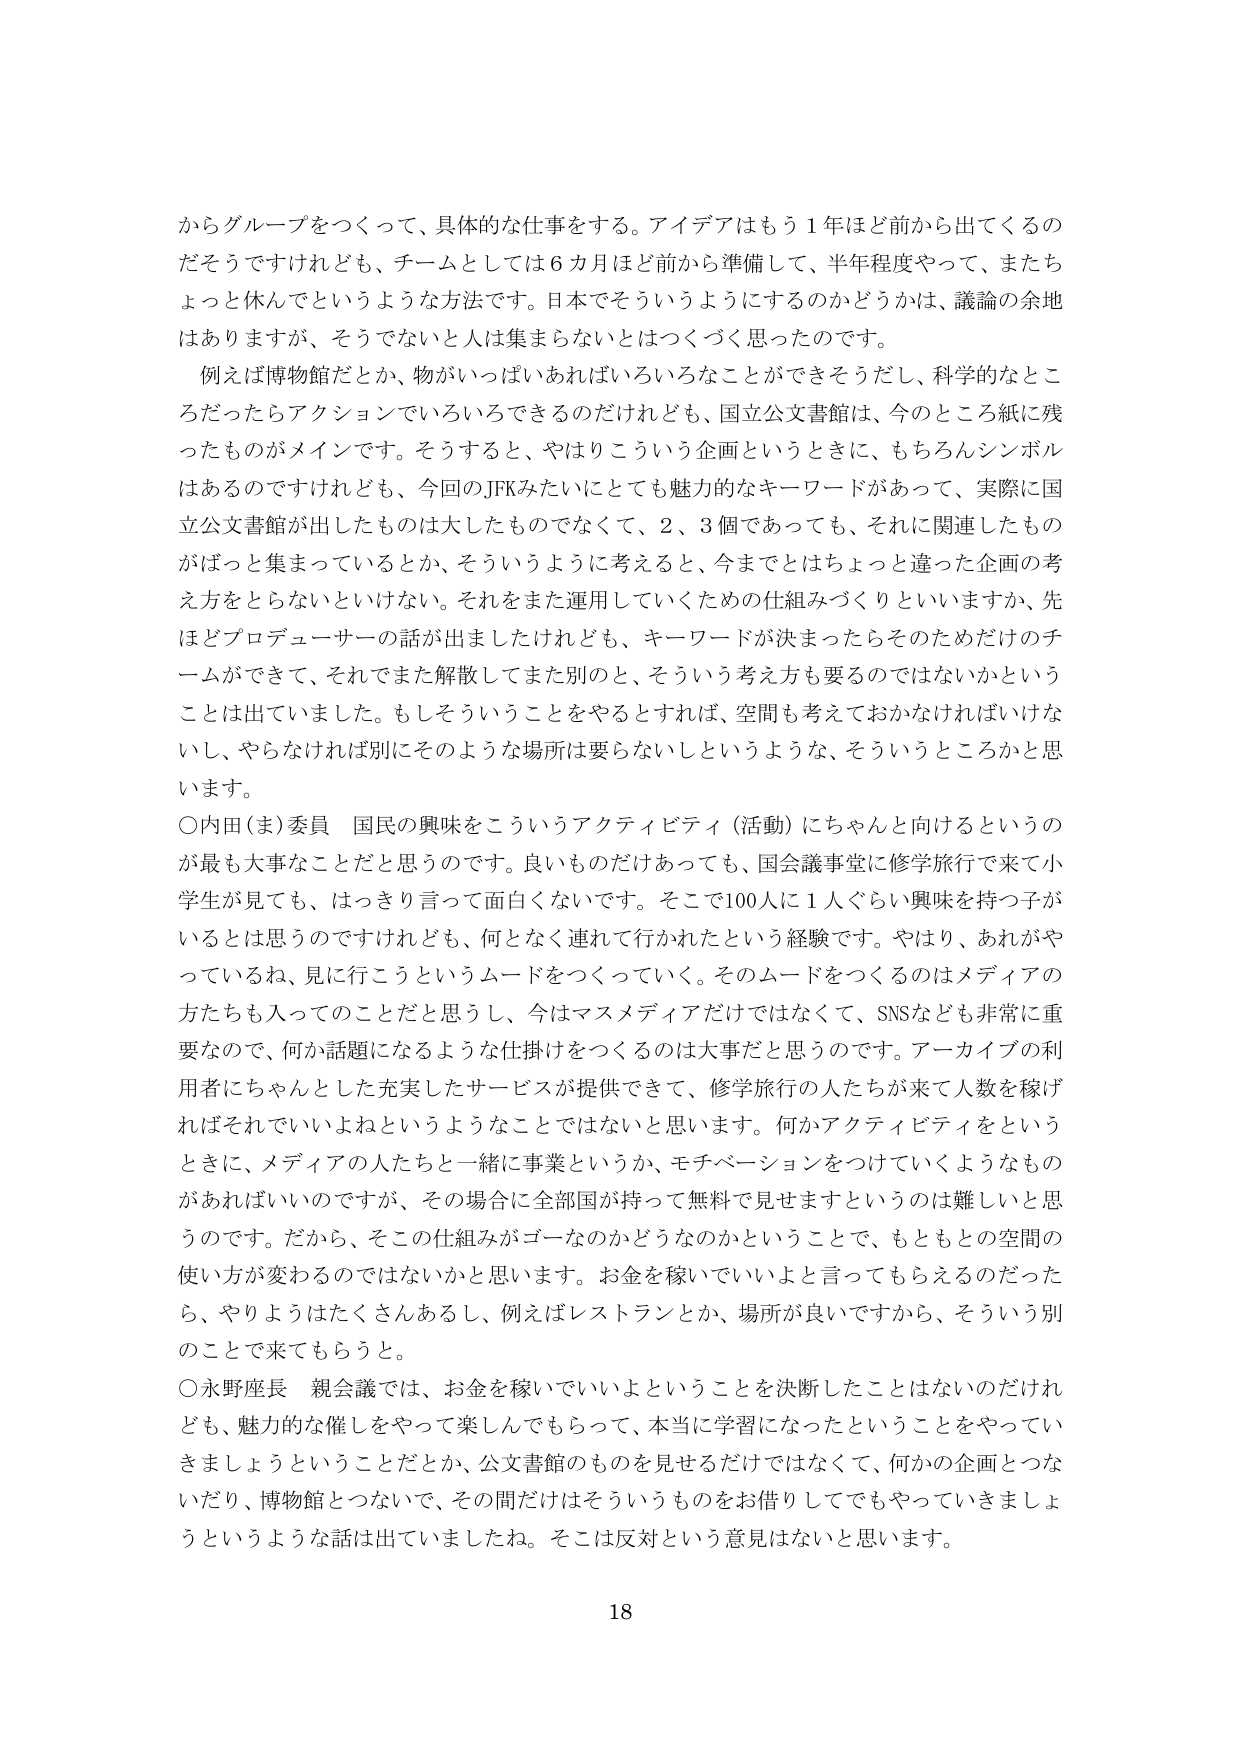
からグループをつくって、具体的な仕事をする。アイデアはもう１年ほど前から出てくるの
だそうですがけれども、チームとしては６か月ほど前から準備して、半年程度やって、またち
ょっと休んでというような方法です。日本でそういうようにするのかどうかは、議論の余地
はありますが、そうでないと人は集まらないとはつぐく思ったのです。
　例えば博物館だとか、物がいっぱいあればいろいろなことができそうだし、科学的なとこ
ろだったらアクションでいろいろできるのだけれども、国立公文書館は、今のところ紙に残
ったものがメインです。そうすると、やはりこういう企画というときに、もちろんシンボル
はあるのですけれども、今回のJFKみたいにとても魅力的なキーワードがあって、実際に国
立公文書館が出したものは大したものでなくて、２、３個であっても、それに関連したもの
がばっと集まっているとか、そういうように考えると、今までとはちょっと違った企画の考
え方をとらないといけない。それをまた運用していくための仕組みづくりといいますか、先
ほどプロデューサーの話が出ましたけれども、キーワードが決まったらそのためだけのチ
ームができて、それでまた解散してまた別のと、そういう考え方も要るのではないかという
ことは出ていました。もしそういうことをやるとすれば、空間も考えておかなければいけな
いし、やらなければ別にそのような場所は要らないしというような、そういうところかと思
います。
〇内田（ま）委員　国民の興味をこういうアクティビティ（活動）にちゃんと向けるというの
が最も大事なことだと思うのです。良いものだけあっても、国会議事堂に修学旅行で来て小
学生が見ても、はっきり言って面白くないです。そこで100人に１人ぐらい興味を持つ子が
いるとは思うのですけれども、何となく連れて行かれたという経験です。やはり、あれがや
っているね、見に行こうというムードをつくっていく。そのムードをつくるのはメディアの
方たちも入ってのことだと思うし、今はマスメディアだけではなくて、SNSなども非常に重
要なので、何か話題になるような仕掛けをつくるのは大事だと思うのです。アーカイブの利
用者にちゃんとした充実したサービスが提供できて、修学旅行の人たちが来て人数を稼げ
ればそれでいいよねというようなことではないと思います。何かアクティビティをという
ときに、メディアの人たちと一緒に事業というか、モチベーションをつけていくようなもの
があればいいのですが、その場合に全部国が持って無料で見せますというのは難しいと思
うのです。だから、そこの仕組みがゴーなのかどうなのかということで、もともとの空間の
使い方が変わるのでではないかと思います。お金を稼いでいいよと言ってもらえるのだった
ら、やりようはたくさんあるし、例えばレストランとか、場所が良いですから、そういう別
のことで来てもらうと。
〇永野座長　親会議では、お金を稼いでいいよということを決断したことはないのだけれ
ども、魅力的な催しをやって楽しんでもらって、本当に学習になったということをやってい
きましょうということだとか、公文書館のものを見せるだけではなくて、何かの企画とつな
いだり、博物館とつないで、その間だけはそういうものをお借りしてでもやっていきましょ
うというような話は出ていましたね。そこは反対という意見はないと思います。

18